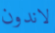
لاندون